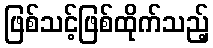
ဖြစ်သင့်ဖြစ်ထိုက်သည့်